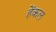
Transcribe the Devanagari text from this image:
हेंकल